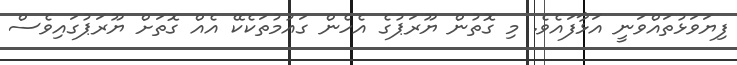
ފިޔަވަޅުތައްވަނީ އަޅާފައެވެ. މި ގޮތުން ޔޫރަޕުގެ އެހެން ގައުމުތަކެކޭ އެއް ގޮތަށް ޔޫރަޕުގައިވެސް